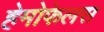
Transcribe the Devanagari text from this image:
हेमोफेलस